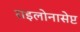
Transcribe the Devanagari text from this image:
राइलोनासेप्ट